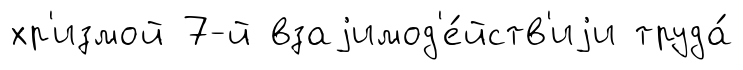
хр'измой 7-й взаjимод'е́йств'иjи труда́